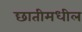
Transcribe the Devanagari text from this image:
छातीमधील